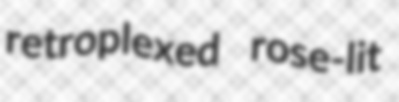
retroplexed rose-lit